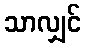
သာလျှင်